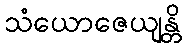
သံယောဇေယျန္တိ